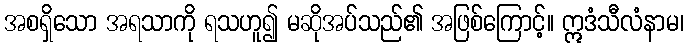
အစရှိသော အရသာကို ရသဟူ၍ မဆိုအပ်သည်၏ အဖြစ်ကြောင့်။ ဣဒံသီလံနာမ၊